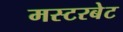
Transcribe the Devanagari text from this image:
मस्टरबेट